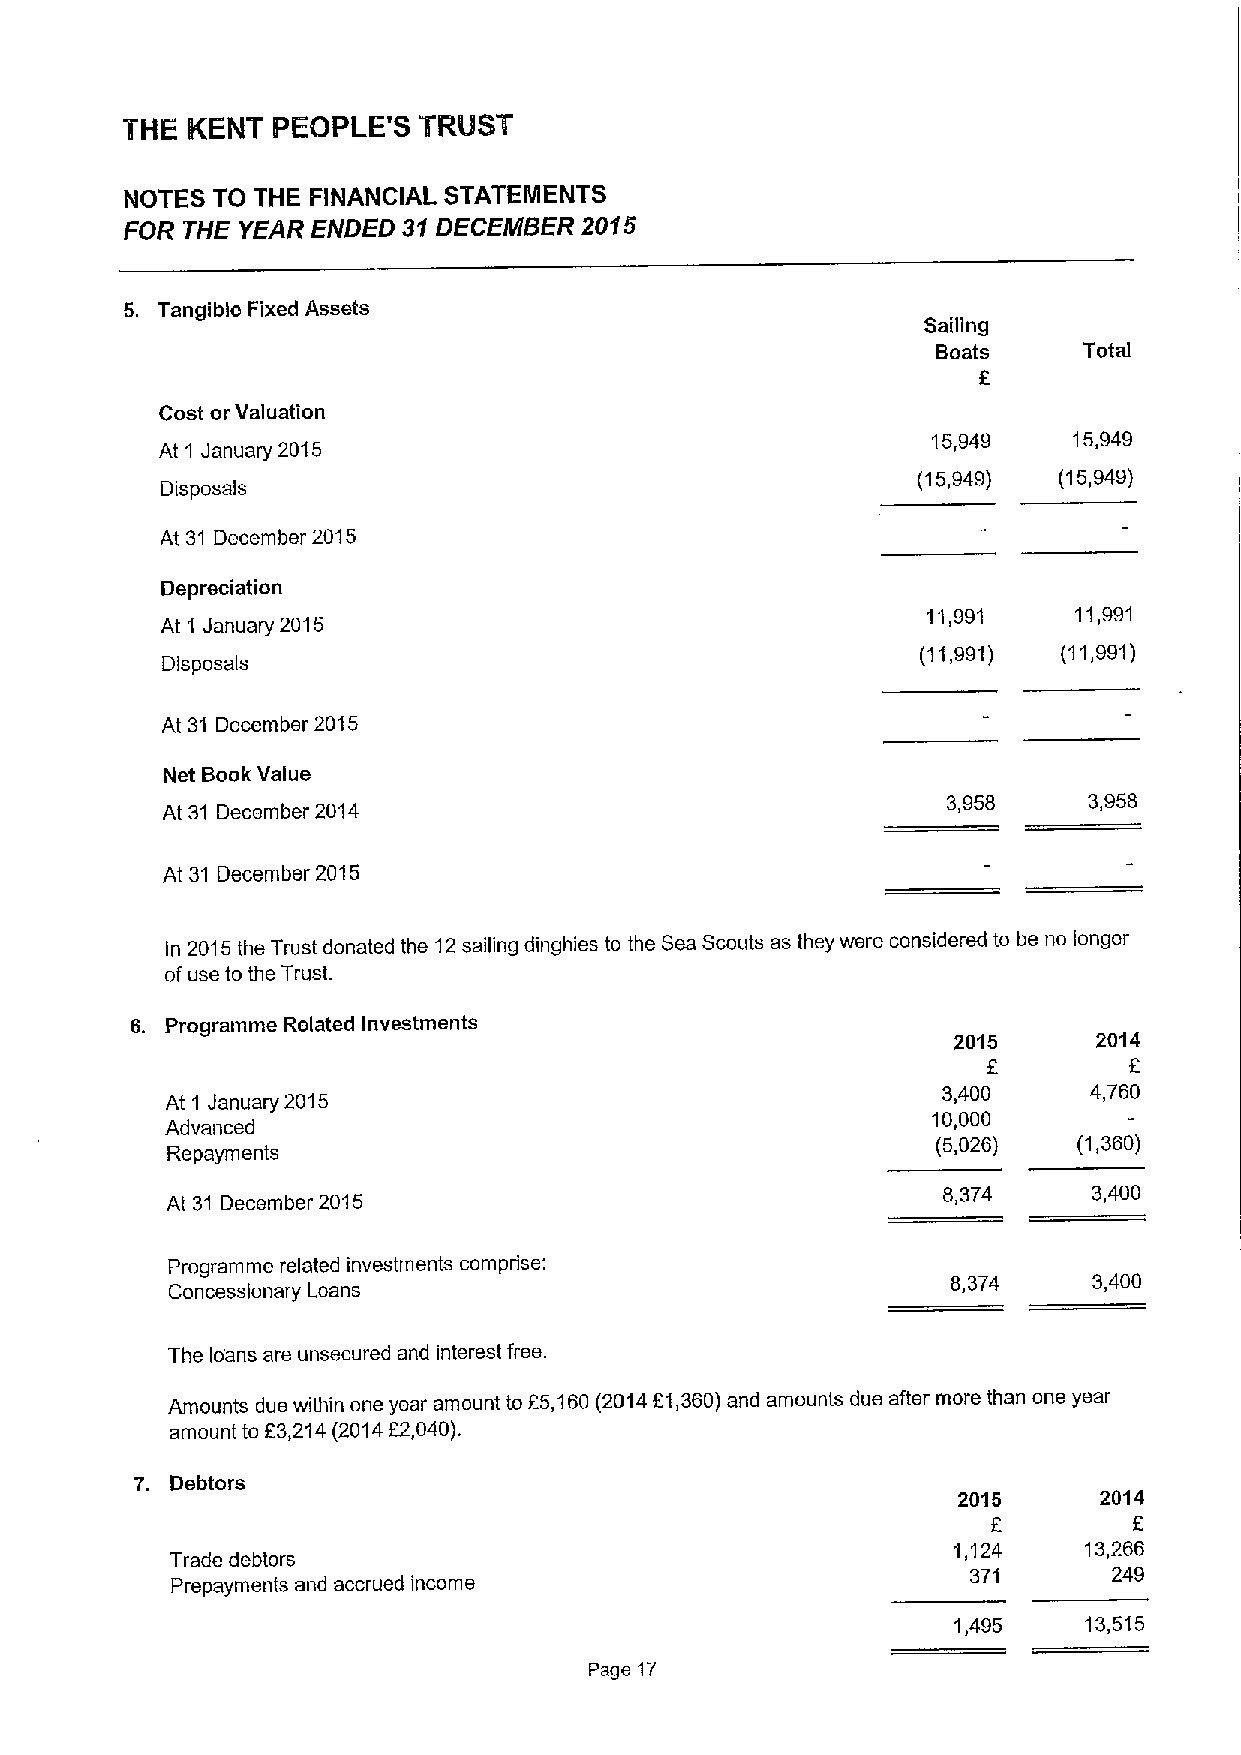
THE KENT  PEOPLE'S  TRUST
 NOTES TO THE FINANCIAL STATEMENTS
 FOR THE YEAR ENDED 31DECEMBER  2015
 5. Tangible Fixed Assets
 Sailing
 Boats     Total
 Cost or Valuation
 15,949   15,949
 At 1 January 2015
 (15,949) (15,949)
 Disposals
 At 31 December 2015
 Depreciation
 11,991    11,991
 At 1 January 2015
 (11,991) (11,991)
 Disposals
 At 31 December 2015
 Net Book Value
 At 31 December 2014
 3,958    3,958
 At 31 December 2015
 In 2015the Trust donated the 12sailing dinghies to the Sea Scouts as they were considered to be no longer
 ofuse to the Trust.
 6. Programme Related Investments
 2015      2014
 f
 At 1 January 2015
 3,400     4,760
 10,000
 Advanced
 (5,026)  (1,360)
 Repayments
 At 31 December 2015
 8,374     3,400
 Programme related investments comprise:
 Concessionary Loans
 8,374    3,400
 The loans are unsecured and interest free.
 Amounts due within one year amount to f'5,160(201481,360)and amounts due after more than one year
 amount to E3,214(201482,040).
 7. Debtors
 2015      2014
 f
 1,124    13,266
 Trade debtors
 371       249
 Prepayments and accrued income
 1,495    13,515
 Page 17